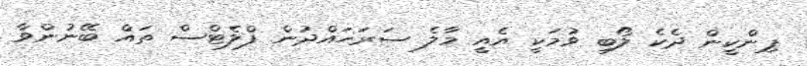
ޕިންކީން ދެކެ ލޯބި ވުމަކީ އެއީ މާލެ ސަރަހައްދުން ފްލެޓްސް ތައް ބޭނުންވާ